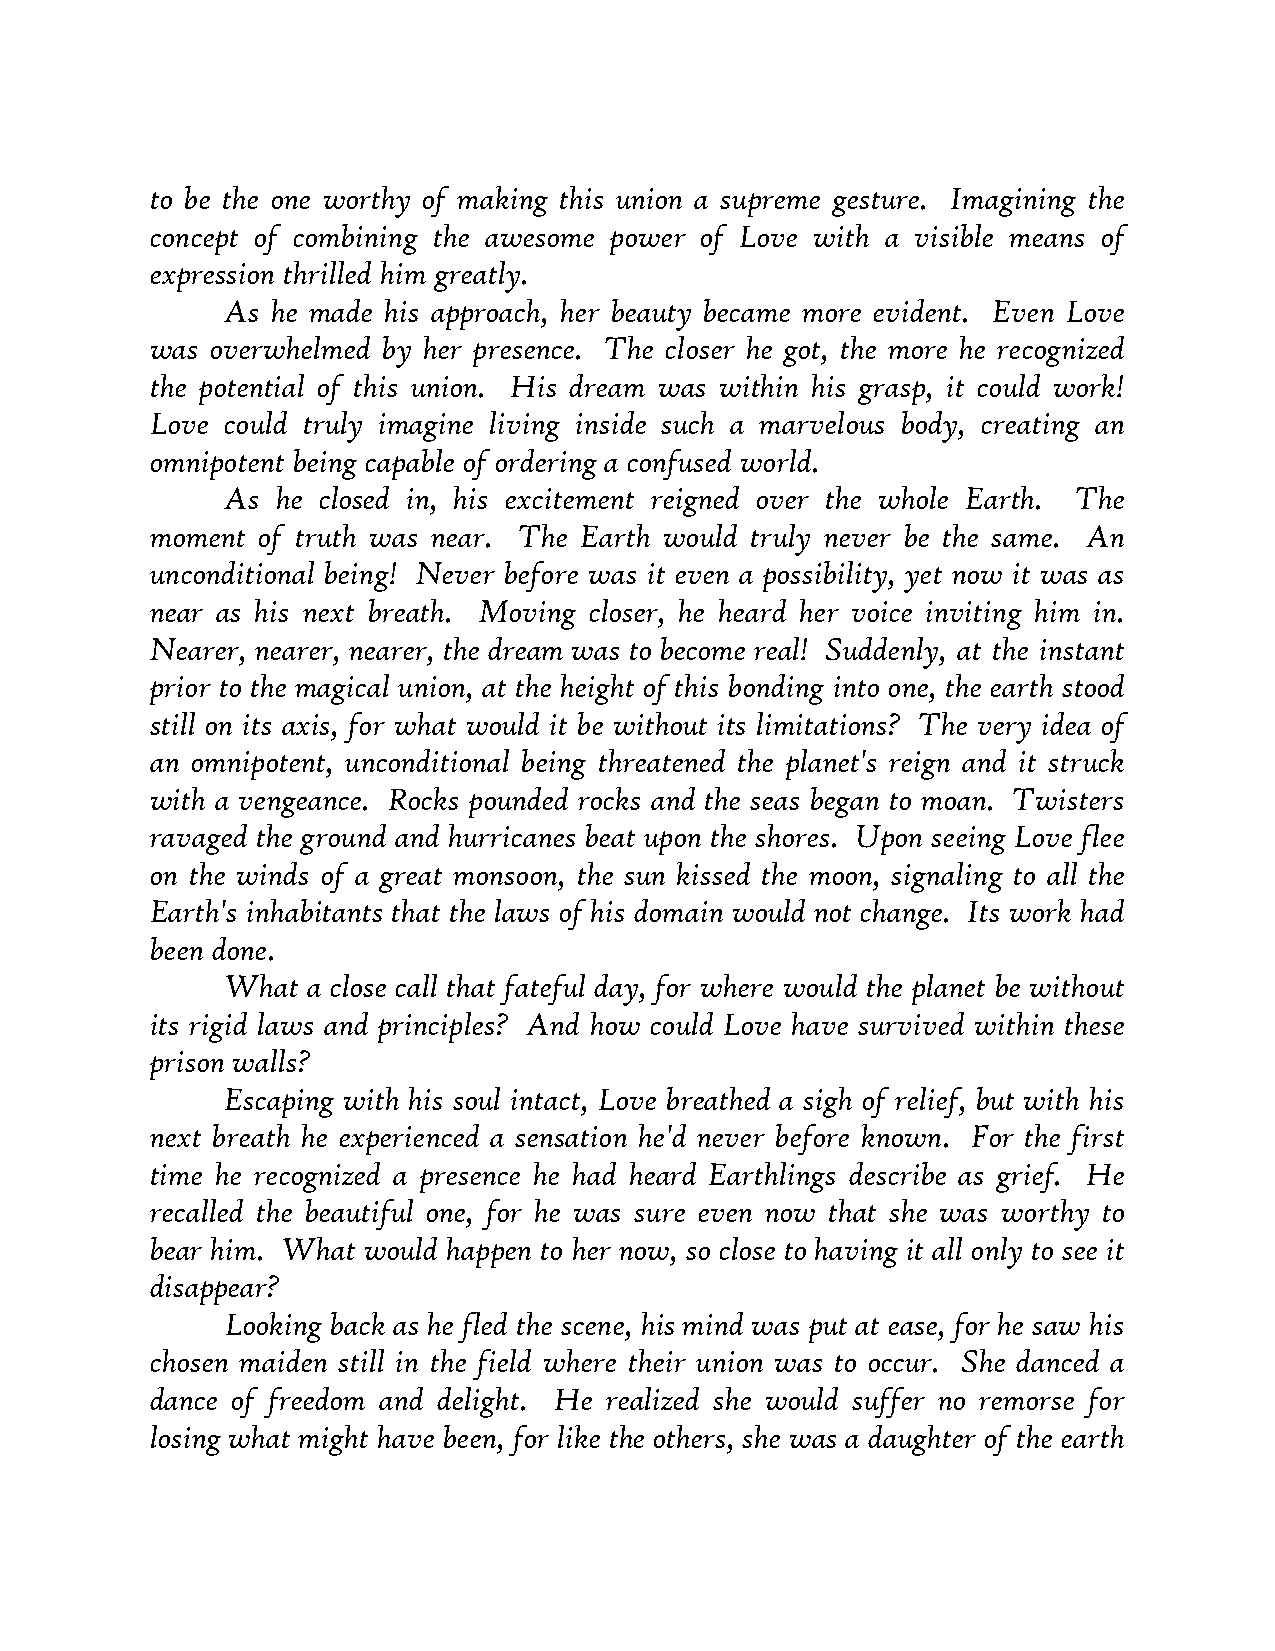
to be the one worthy of making this union a supreme gesture. Imagining the
 concept of combining the awesome power of Love with a visible means of
 expression thrilled him greatly.
 As he made his approach, her beauty became more evident. Even Love
 was overwhelmed by her presence. The closer he got, the more he recognized
 the potential of this union. His dream was within his grasp, it could work!
 Love could truly imagine living inside such a marvelous body, creating an
 omnipotent being capable of ordering a confused world.
 As he closed in, his excitement reigned over the whole Earth. The
 moment of truth was near. The Earth would truly never be the same. An
 unconditional being! Never before was it even a possibility, yet now it was as
 near as his next breath. Moving closer, he heard her voice inviting him in.
 Nearer, nearer, nearer, the dream was to become real! Suddenly, at the instant
 prior to the magical union, at the height of this bonding into one, the earth stood
 still on its axis, for what would it be without its limitations? The very idea of
 an omnipotent, unconditional being threatened the planet's reign and it struck
 with a vengeance. Rocks pounded rocks and the seas began to moan. Twisters
 ravaged the ground and hurricanes beat upon the shores. Upon seeing Love flee
 on the winds of a great monsoon, the sun kissed the moon, signaling to all the
 Earth's inhabitants that the laws of his domain would not change. Its work had
 been done.
 What a close call that fateful day, for where would the planet be without
 its rigid laws and principles? And how could Love have survived within these
 prison walls?
 Escaping with his soul intact, Love breathed a sigh of relief, but with his
 next breath he experienced a sensation he'd never before known. For the first
 time he recognized a presence he had heard Earthlings describe as grief. He
 recalled the beautiful one, for he was sure even now that she was worthy to
 bear him. What would happen to her now, so close to having it all only to see it
 disappear?
 Looking back as he fled the scene, his mind was put at ease, for he saw his
 chosen maiden still in the field where their union was to occur. She danced a
 dance of freedom and delight. He realized she would suffer no remorse for
 losing what might have been, for like the others, she was a daughter of the earth